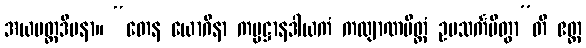
အယမတ္ထဒီပနာ။ “တေန ယောဂိနာ ကမ္မဋ္ဌာနဒါယကံ ကလျာဏမိတ္တံ ဥပသင်္ကမိတွာ”တိ ဧတ္ထ